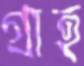
গ্রাহ